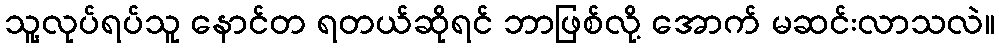
သူ့လုပ်ရပ်သူ နောင်တ ရတယ်ဆိုရင် ဘာဖြစ်လို့ အောက် မဆင်းလာသလဲ။